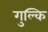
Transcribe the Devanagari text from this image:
गुल्कि